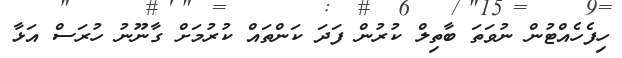
ހިފެހެއްޓުން ނުވަތަ ބާތިލް ކުރުން ފަދަ ކަންތައް ކުރުމަށް ގާނޫނު ހުރަސް އަޅާ